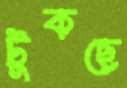
টুকছে